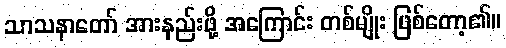
သာသနာတော် အားနည်းဖို့ အကြောင်း တစ်မျိုး ဖြစ်တော့၏။